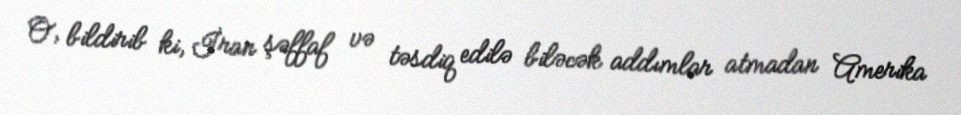
O, bildirib ki, İran şəffaf və təsdiq edilə biləcək addımlar atmadan Amerika